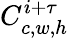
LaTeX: C_{c,w,h}^{i+\tau}